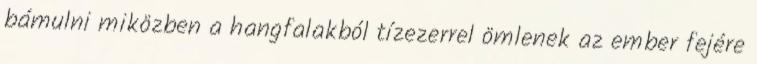
bámulni miközben a hangfalakból tízezerrel ömlenek az ember fejére